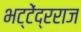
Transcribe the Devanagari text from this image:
भट्टेंद्रराज